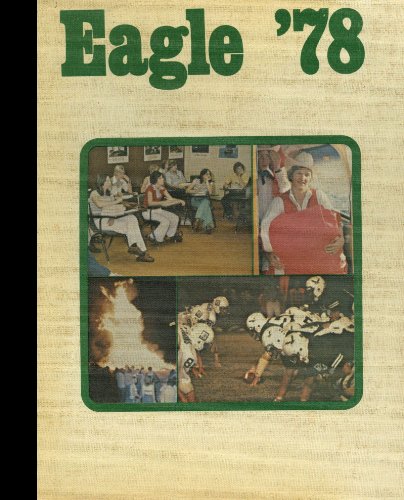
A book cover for (Reprint) 1978 Yearbook: Desoto High School, Dallas, Texas; Reference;